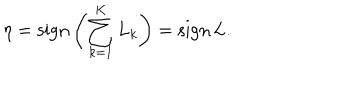
\eta = \mathrm { s i g n } \left( \sum _ { k = 1 } ^ { K } L _ { k } \right) = \mathrm { s i g n } \, L .